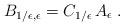
LaTeX: \begin{align*}B_{1/\epsilon, \epsilon} = C_{1/\epsilon}\, A_{\epsilon} \; .\end{align*}